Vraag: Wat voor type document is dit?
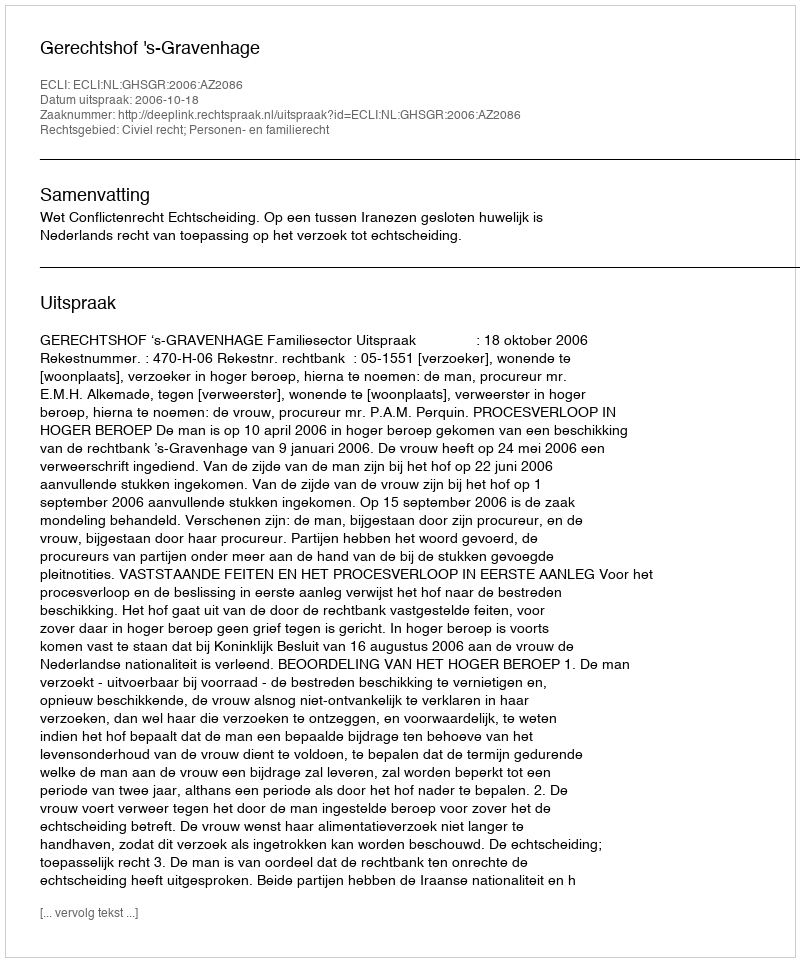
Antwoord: Uitspraak